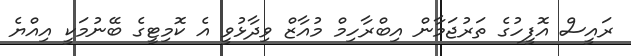
ރައީސް އޮފީހުގެ ތަރުޖަމާން އިބްރާހިމް މުއާޒް ވިދާޅުވީ އެ ކޮމިޓީގެ ބޭނުމަކީ އިއްޔެ